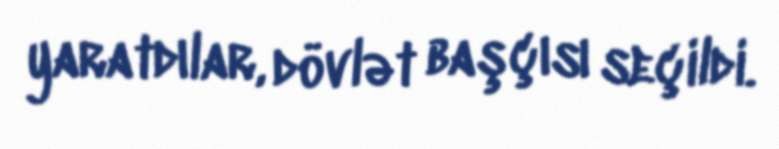
yaratdılar, dövlət başçısı seçildi.